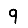
Digit: 9